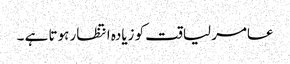
عامر لیاقت کو زیادہ انتظار ہوتا ہے ۔